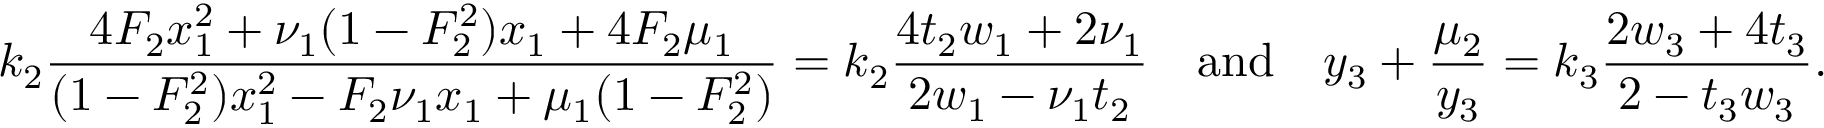
k _ { 2 } \frac { 4 F _ { 2 } x _ { 1 } ^ { 2 } + \nu _ { 1 } ( 1 - F _ { 2 } ^ { 2 } ) x _ { 1 } + 4 F _ { 2 } \mu _ { 1 } } { ( 1 - F _ { 2 } ^ { 2 } ) x _ { 1 } ^ { 2 } - F _ { 2 } \nu _ { 1 } x _ { 1 } + \mu _ { 1 } ( 1 - F _ { 2 } ^ { 2 } ) } = k _ { 2 } \frac { 4 t _ { 2 } w _ { 1 } + 2 \nu _ { 1 } } { 2 w _ { 1 } - \nu _ { 1 } t _ { 2 } } \quad \mathrm { a n d } \quad y _ { 3 } + \frac { \mu _ { 2 } } { y _ { 3 } } = k _ { 3 } \frac { 2 w _ { 3 } + 4 t _ { 3 } } { 2 - t _ { 3 } w _ { 3 } } .